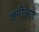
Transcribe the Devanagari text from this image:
जमीअते